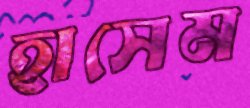
হাসেম